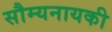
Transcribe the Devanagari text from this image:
सौम्यनायकी